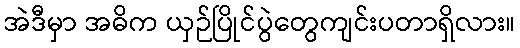
အဲဒီမှာ အဓိက ယှဉ်ပြိုင်ပွဲတွေကျင်းပတာရှိလား။